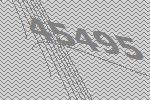
45495